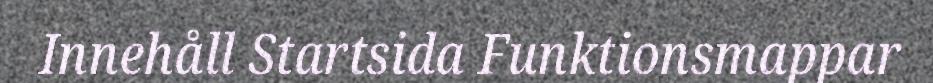
Innehåll Startsida Funktionsmappar